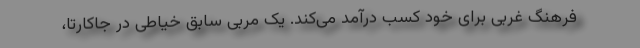
فرهنگ غربی برای خود کسب درآمد می‌کند. یک مربی سابق خیاطی در جاکارتا،